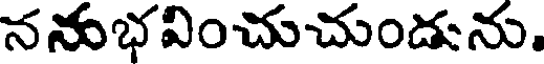
ననుభవించుచుండును.